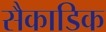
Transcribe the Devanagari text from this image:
सैकाडिक